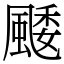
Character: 䬐